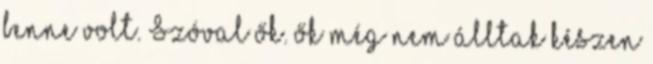
benne volt. Szóval ők. ők még nem álltak készen